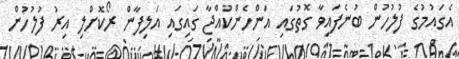
އެގައުމުގެ ފުލުހުން ބުނެފައިވާ ގޮތުގައި އަންހެންކުއްޖާ ގައިގައި އަލިފާން ރޯކޮށްލި އިރު ފުލުހުން